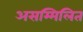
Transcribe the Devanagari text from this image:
असम्मिलित